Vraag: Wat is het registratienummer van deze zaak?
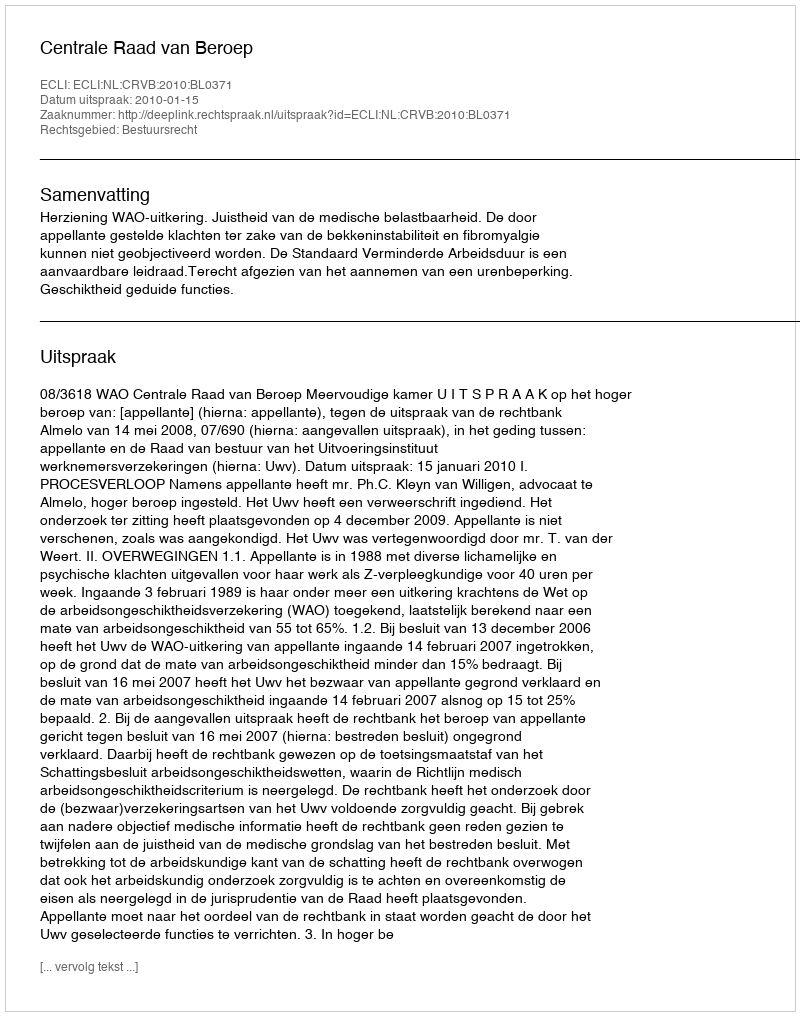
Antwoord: http://deeplink.rechtspraak.nl/uitspraak?id=ECLI:NL:CRVB:2010:BL0371